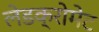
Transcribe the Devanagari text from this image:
लेडक्रोमेट